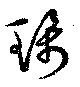
珮